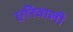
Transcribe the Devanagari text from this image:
एरिवाली